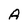
Character: A